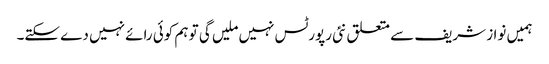
ہمیں نواز شریف سے متعلق نئی رپورٹس نہیں ملیں گی تو ہم کوئی رائے نہیں دے سکتے۔